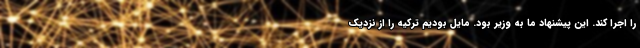
را اجرا کند. این پیشنهاد ما به وزیر بود. مایل بودیم ترکیه را از نزدیک